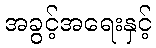
အခွင့်အရေးနှင့်